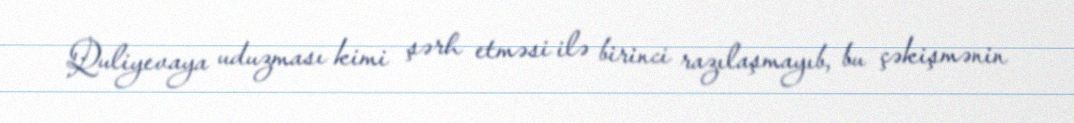
Quliyevaya uduzması kimi şərh etməsi ilə birinci razılaşmayıb, bu çəkişmənin